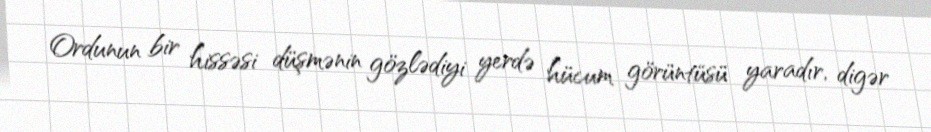
Ordunun bir hissəsi düşmənin gözlədiyi yerdə hücum görüntüsü yaradır, digər